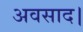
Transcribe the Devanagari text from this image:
अवसाद।